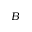
B